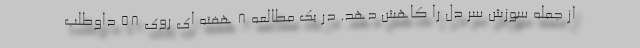
از جمله سوزش سر دل را کاهش دهد. در یک مطالعه 8 هفته ای روی 58 داوطلب